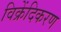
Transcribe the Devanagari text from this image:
विक्रेंदिकरण